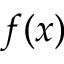
f ( x )